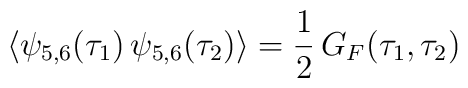
\langle \psi_{5,6}(\tau_1) \, \psi_{5,6}(\tau_2) \rangle= \frac{1}{2} \, G_F(\tau_1,\tau_2)\nonumber